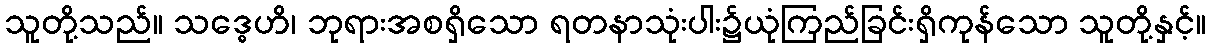
သူတို့သည်။ သဒ္ဓေဟိ၊ ဘုရားအစရှိသော ရတနာသုံးပါး၌ယုံကြည်ခြင်းရှိကုန်သော သူတို့နှင့်။